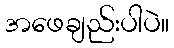
အဖေချည်းပါပဲ။